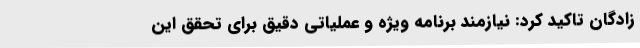
زادگان تاکید کرد: نیازمند برنامه ویژه و عملیاتی دقیق برای تحقق این